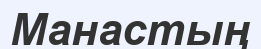
Манастың